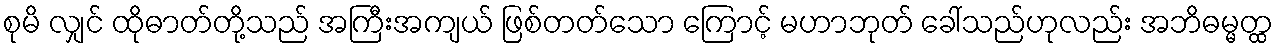
စုမိ လျှင် ထိုဓာတ်တို့သည် အကြီးအကျယ် ဖြစ်တတ်သော ကြောင့် မဟာဘုတ် ခေါ်သည်ဟုလည်း အဘိဓမ္မတ္ထ